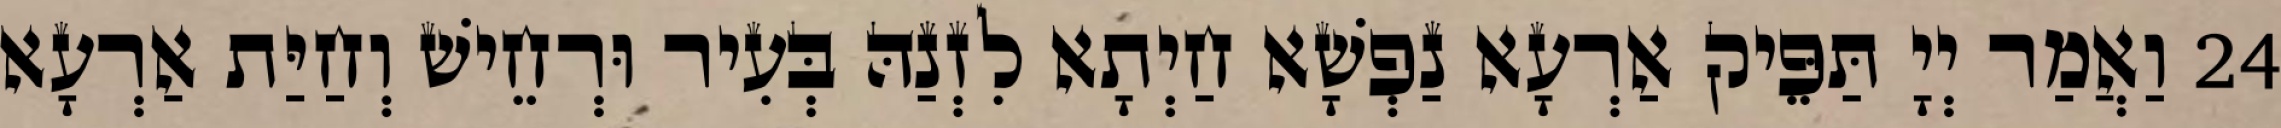
24 וַאֲמַר יְיָ תַּפֵּיק אַרְעָא נַפְשָׁא חַיְתָא לִזְנַהּ בְּעִיר וּרְחֵישׁ וְחַיַּת אַרְעָא